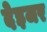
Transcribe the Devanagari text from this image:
देइजर